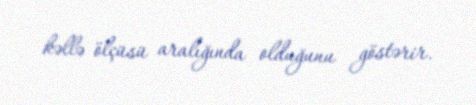
kəllə ölçüsü aralığında olduğunu göstərir.